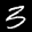
Label: 3